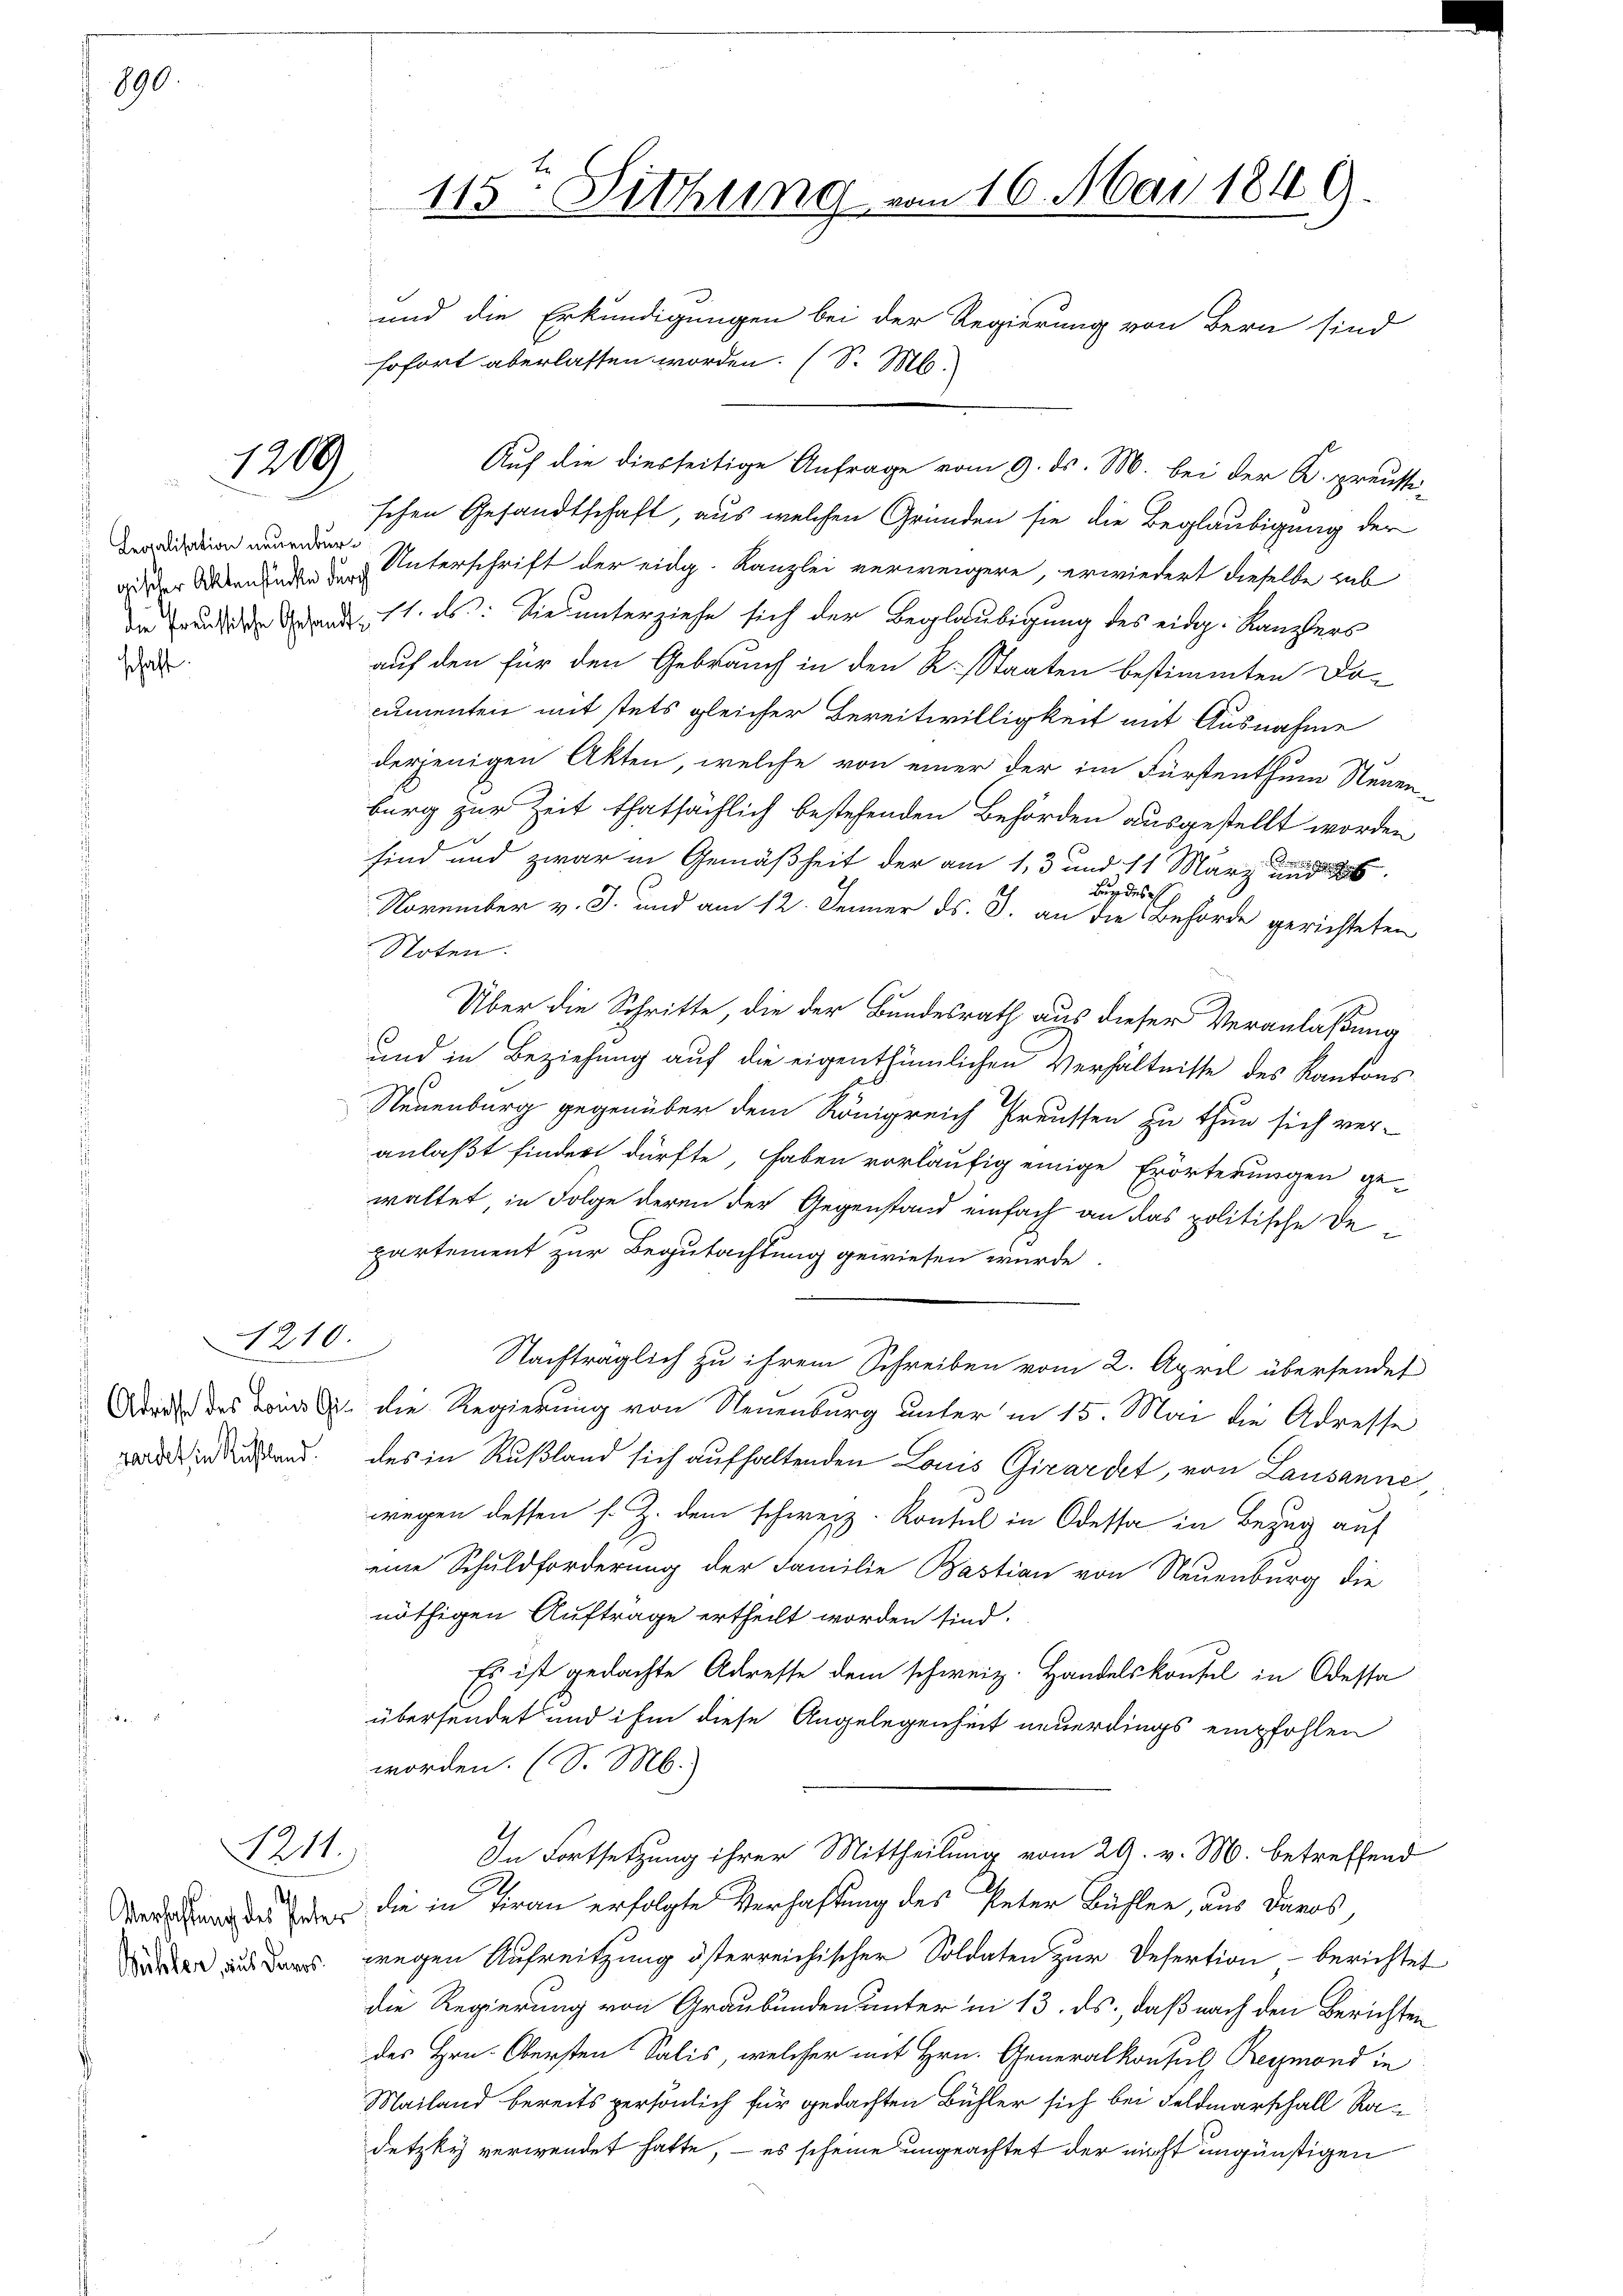
890.

Legalisation neuenbur¬

schaft.

1209

210.

Adresse des Louis Gi¬

1241.

Verhaltung des Peter

115. Sitzung vom 16. Mai 1849.
und die Erkundigungen bei der Regierung von Bern sind

sofort aberlassen worden. (S. M.
Auf die diesseitige Anfrage vom 9. ds. M. bei der K. preussi-
schen Gesandtschaft, aus welchen Gründen sie die Beglaubigung der
a der Wernden Unterschrift der eidg. Kanzlei verweigere, erwiedert dieselbe hab
din und den 11. ds. Die unterziehe sich der Beglaubigung des eidg. Kanzlers
auf den für den Gebrauch in den R. Staaten bestimmten Do-
cumenten mit stets gleicher Bereitwilligkeit mit Ausnahme
derjenigen Akten, welche von einer der im Fürstenthum Neuen-
burg zur Zeit thatsächlich bestehenden Behörden ausgestellt worden
sind und zwar in Gemäßheit der am 13 und 11 März und d
Bundes
November v. J. und am 12. Jenner ds. J. an die Behörde gerichteten
Noten.
Über die Schritte, die der Bundesrath aus dieser Veranlaßung
und in Beziehung auf die eigenthümlichen Verhältnisse des Kantons
Neuenburg gegenüber dem Königreich Preussen zu thun sich ver-
anlaßt finden dürfte, haben vorläufig einige Erörterungen ge-
waltet, in Folge deren der Gegenstand einfach an das politische Departement zur Begutachtung gewiesen wurde.
Nachträglich zu ihrem Schreiben vom 2. April übersendet
die Regierung von Neuenburg unter in 15. Mai die Adresse
ddend des in Rußland sich aufhaltenden Louis Girardet, von Lausanne
wegen dessen s. Z. dem schweiz. Konsul in Odessa in Bezug auf
eine Schuldforderung der Familie Bastian von Neuenburg die
nöthigen Aufträge ertheilt worden sind.
Es ist gedachte Adresse dem schweiz. Handelskonfel in Odessa
übersendet und ihm diese Angelegenheit neuerdings empfohlen
worden. (S. M.)
In Fortsetzung ihrer Mittheilung vom 29. v. M. betreffend
die in Tiran erfolgte Verhaftung des Peter Bühlen, aus Daros,
 wegen Aufreitzung österreichischer Soldaten zur Desertion berichte.
die Regierung von Graubünden unter in 13. ds., daß nach den Berichten
des Hrn. Obersten Salis, welcher mit Hrn. Generalkonsul, Reymond in
Mailand bereits persönlich für gedachten Bühler sich bei Feldmarschall Radetzky verwendet hatte, – es scheine ungeachtet der nicht ungünstigen